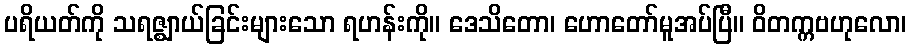
ပရိယတ်ကို သရဇ္ဈာယ်ခြင်းများသော ရဟန်းကို။ ဒေသိတော၊ ဟောတော်မူအပ်ပြီ။ ဝိတက္ကဗဟုလော၊